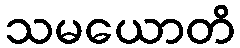
သမယောတိ